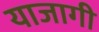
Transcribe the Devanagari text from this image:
याजागी